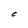
Character: C